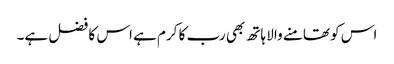
اس کو تھامنے والا ہاتھ بھی رب کا کرم ہے اس کا فضل ہے۔